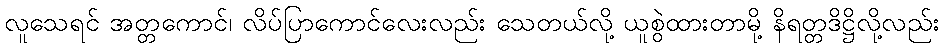
လူသေရင် အတ္တကောင်၊ လိပ်ပြာကောင်လေးလည်း သေတယ်လို့ ယူစွဲထားတာမို့ နိရတ္တဒိဋ္ဌိလို့လည်း